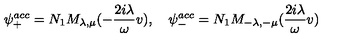
\psi _ { + } ^ { a c c } = N _ { 1 } M _ { \lambda , \mu } ( - \frac { 2 i \lambda } { \omega } v ) , \quad \psi _ { - } ^ { a c c } = N _ { 1 } M _ { - \lambda , - \mu } ( \frac { 2 i \lambda } { \omega } v )